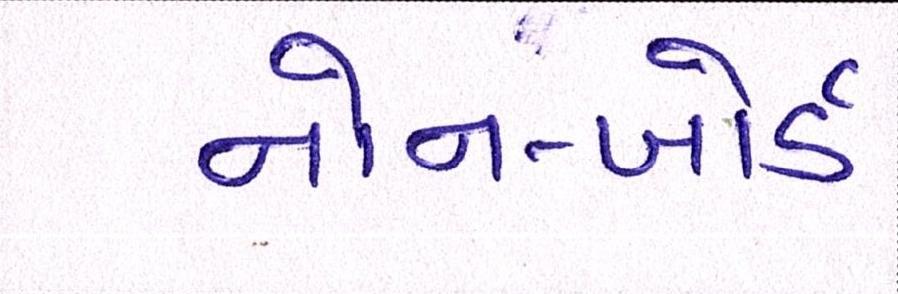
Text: નોન-બોર્ડ